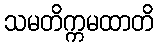
သမတိက္ကမထာတိ